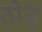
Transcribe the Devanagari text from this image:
ठोड़